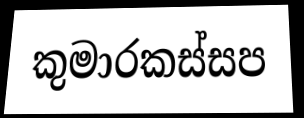
කුමාරකස්සප